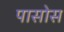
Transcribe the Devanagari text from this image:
पासोस